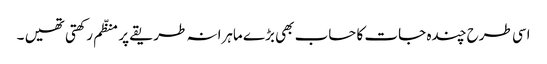
اسی طرح چندہ جات کا حساب بھی بڑے ماہرانہ طریقے پر منظّم رکھتی تھیں ۔